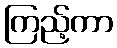
ကြည့်ကာ